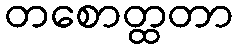
တစောတ္ထတာ